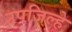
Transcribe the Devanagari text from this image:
उपजिल्हे